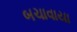
બચાવાયા